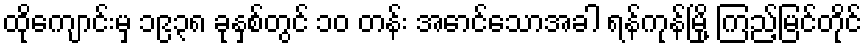
ထိုကျောင်းမှ ၁၉၃၈ ခုနှစ်တွင် ၁၀ တန်း အောင်သောအခါ ရန်ကုန်မြို့ ကြည့်မြင်တိုင်